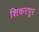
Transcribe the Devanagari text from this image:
शिकरपूर